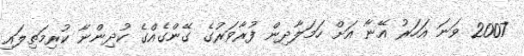
2007 ވަނަ އަހަރު އޭނާ އަށް ހަމަލާދިން ފުރާވަރުގެ ގޭންގެއްގެ ކުދިންނާ ކުރިމަތިލައި